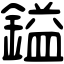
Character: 鎰